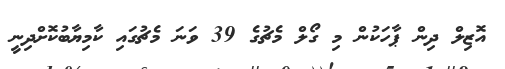
އޮޒިލް ދިން ޕާހަކުން މި ގޯލް މެޗުގެ 39 ވަނަ މެޗުގައި ކާމިޔާބުކޮށްދިނީ